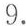
9.